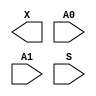
module sky130_fd_sc_hs__udp_mux_2to1 (
    X ,
    A0,
    A1,
    S
);

    output X ;
    input  A0;
    input  A1;
    input  S ;
endmodule